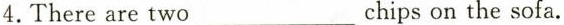
4.There are two ___ chips on the sofa.